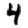
Digit: 4